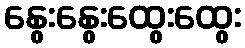
နွေးနွေးထွေးထွေး